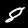
Digit: 8